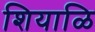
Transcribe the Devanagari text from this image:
शियाळि